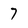
Character: 7